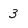
Character: 3